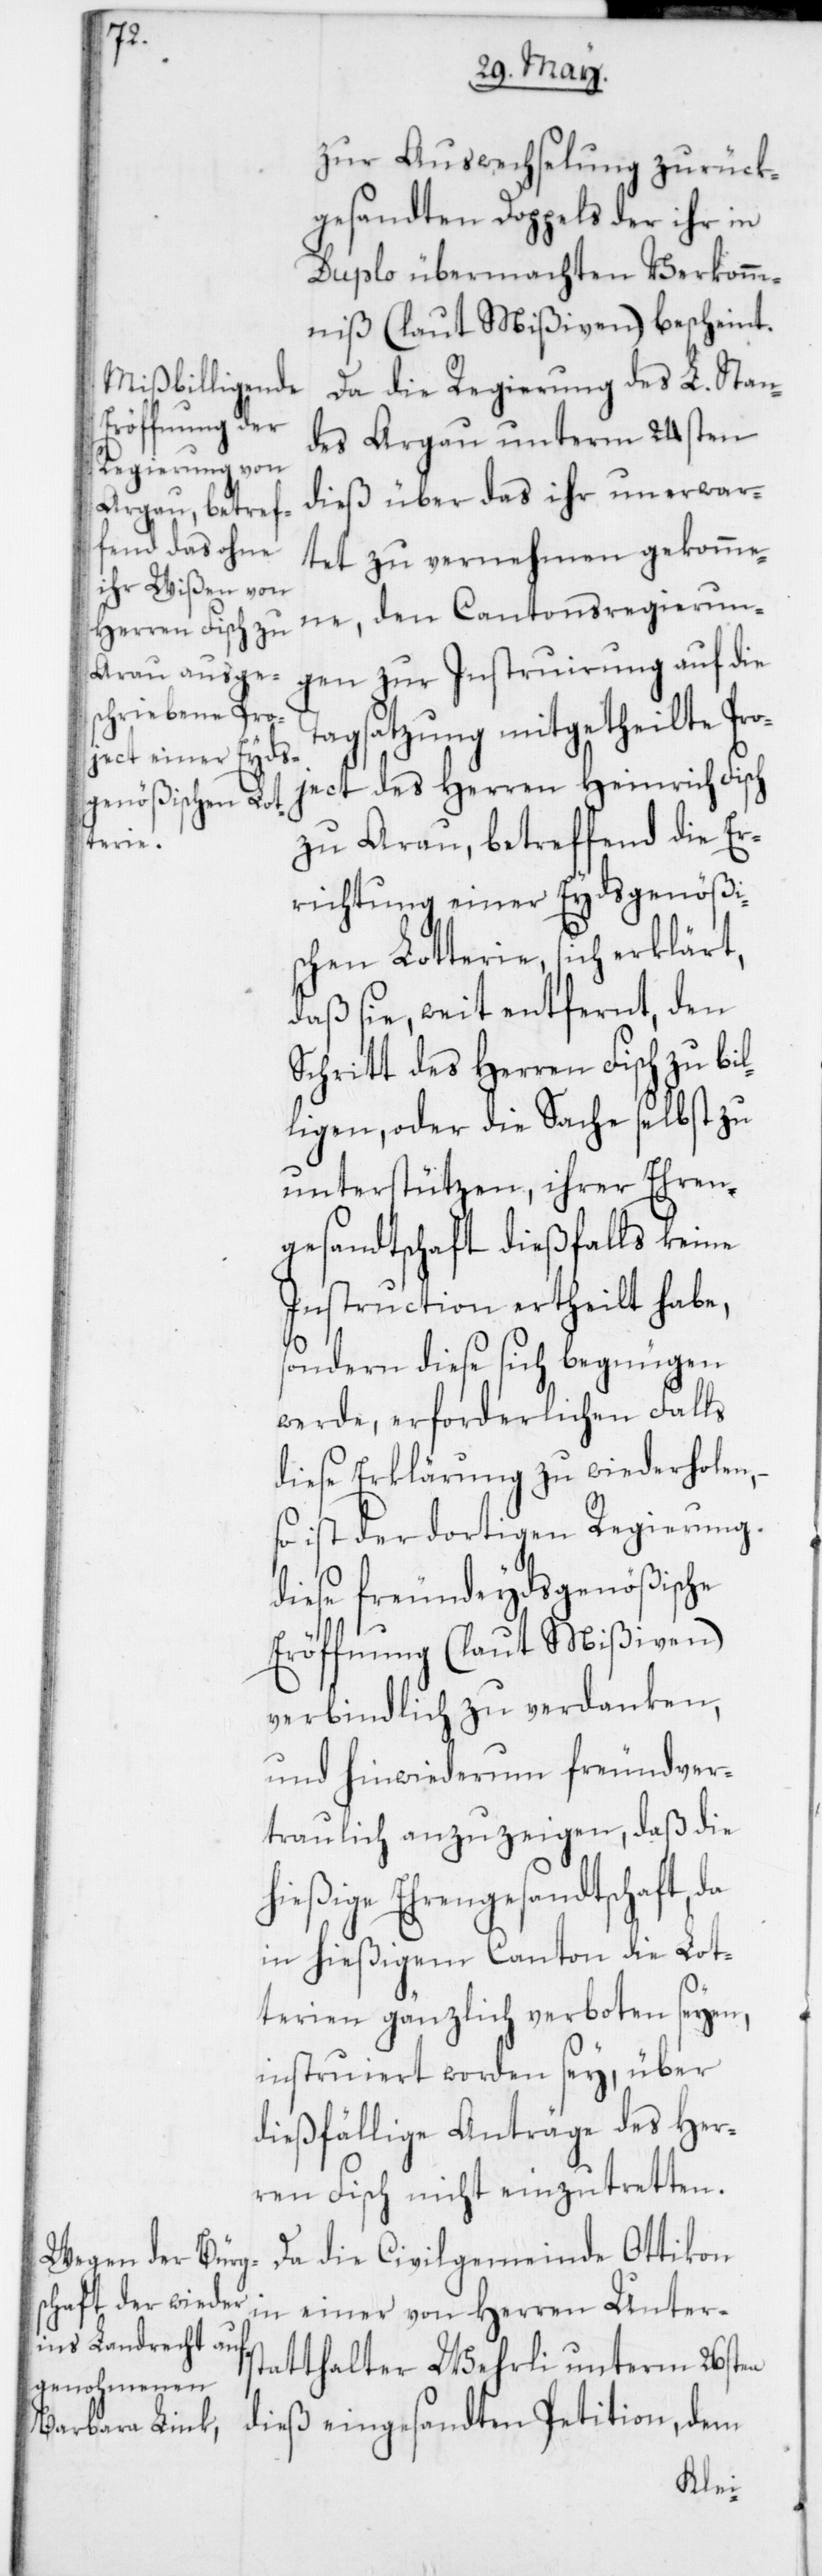
zur Auswechselung zurück¬
gesandten Doppels der ihr in
Duplo übermachten Verkomm¬
niß (laut Mißiven) bescheint.
Da die Regierung des L. Stan¬
des Argau unterm 24sten
dieß über das ihr unerwar¬
tet zu vernehmen gekomme¬
ne, den Cantonsregierun¬
gen zur Instruirung auf die
Tagsatzung mitgetheilte Pr¬
oject des Herren Heinrich Fisch
zu Arau, betreffend die Er¬
richtung einer Eydsgenößi¬
schen Lotterie, sich erklärt,
daß sie, weit entfernt, den
Schritt des Herren Fisch zu bil¬
ligen, oder die Sache selbst zu
unterstützen, ihrer Ehren¬
gesandtschaft dießfalls keine
Instruction ertheilt habe,
sondern diese sich begnügen
werde, erforderlichen Falls
diese Erklärung zu wiederholen,
so ist der dortigen Regierung
diese freundeydsgenößische
Eröffnung (laut Mißiven)
verbindlich zu verdanken,
und hinwiederum freundver¬
traulich anzuzeigen, daß die
hießige Ehrengesandtschaft,
in hießigem Canton die Lot¬
terien gänzlich verboten seyen,
instruiert worden sey, über
dießfällige Anträge des Her¬
ren Fisch nicht einzutretten.
Da die Civilgemeinde Ottikon
in einer von Herren Unters¬
tatthalter Wehrli unterm 26sten
dieß eingesandten Petition, dem